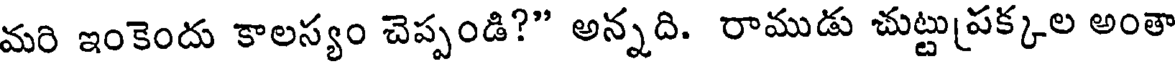
మరి ఇంకెందు కాలస్యం చెప్పండి?" అన్నది. రాముడు చుట్టుపక్కల అంతా